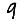
Digit: 9